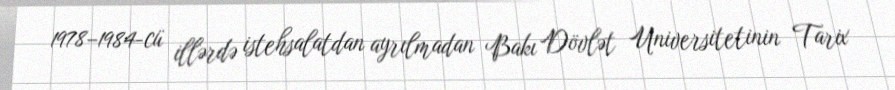
1978–1984-cü illərdə istehsalatdan ayrılmadan Bakı Dövlət Universitetinin Tarix